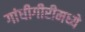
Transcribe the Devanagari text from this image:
गांधीगीरीमध्ये